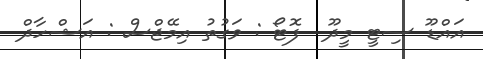
އައްޑޫ ސިޓީ މީދޫ  ފޮޓޯ : ވަގުތު އިމޭޖްސް : އަޝްހާދް